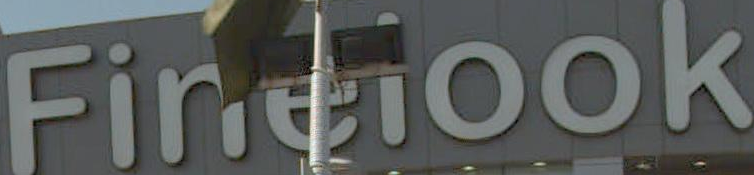
Fincook